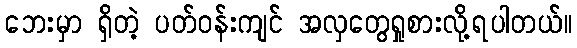
ဘေးမှာ ရှိတဲ့ ပတ်ဝန်းကျင် အလှတွေရှုစားလို့ရပါတယ်။